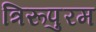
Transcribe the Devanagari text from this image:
त्रिरूपुरम